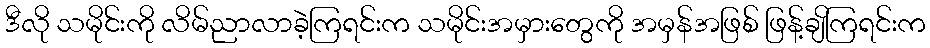
ဒီလို သမိုင်းကို လိမ်ညာလာခဲ့ကြရင်းက သမိုင်းအမှားတွေကို အမှန်အဖြစ် ဖြန့်ချိကြရင်းက